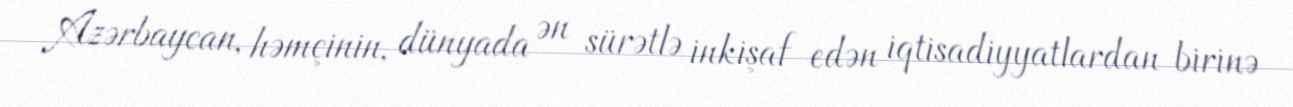
Azərbaycan, həmçinin, dünyada ən sürətlə inkişaf edən iqtisadiyyatlardan birinə